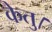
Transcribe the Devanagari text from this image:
केतु।